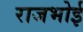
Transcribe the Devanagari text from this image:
राजभोई